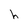
Character: h